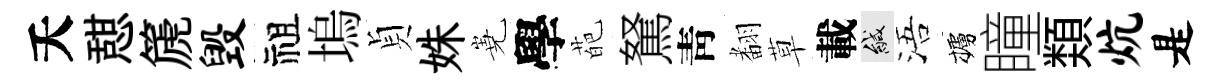
夭憇篪毁祖塢貞姝嶤學葩駑靑𮋒草載緘浯櫨瞳𩔖炕是